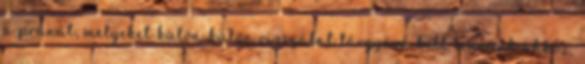
a pránát, melyeket külön-külön vizsgálat tárgyává kell tennünk ahhoz,